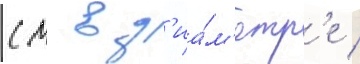
см в д'иа́м'етр'е /